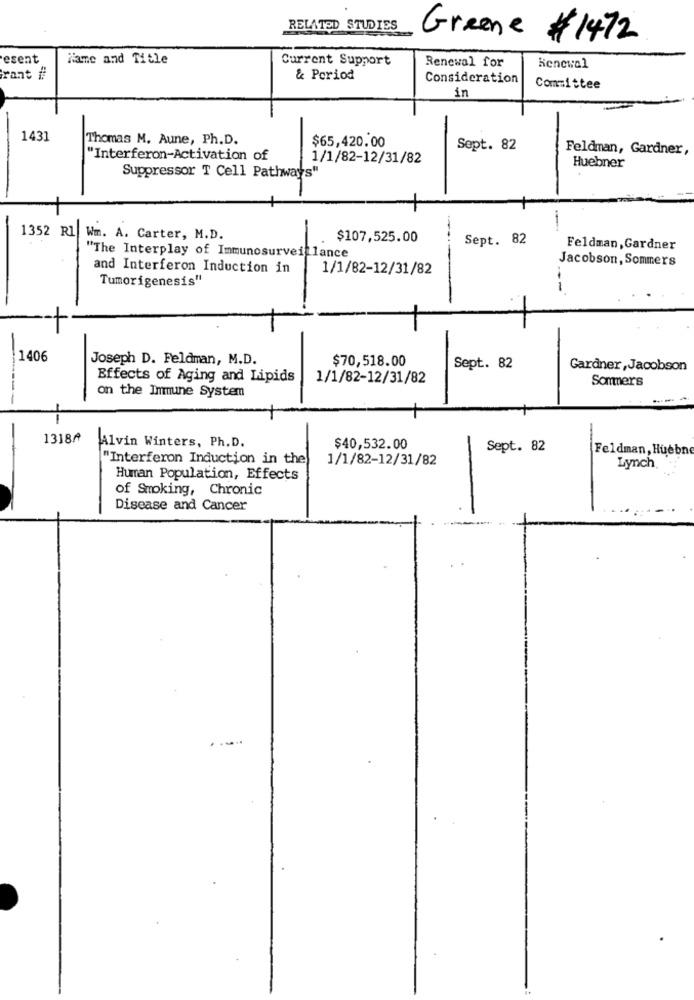
RELATED STUDIES
Greene # 1472
esent
Name and Title
Current Support
Renewal for
Renewal
rant #
& Period
Consideration
Committee
in
1431
Thomas M. Aune, Ph.D.
$65,420.00
Sept. 82
Feldman, Gardner,
"Interferon-Activation of
1/1/82-12/31/82
Huebner
Suppressor T Cell Pathways"
1352 Rl Wm. A. Carter, M.D.
$107,525.00
Sept. 82
"The Interplay of Immunosurveillance
Feldman, Gardner
Jacobson, Sommers
and Interferon Induction in
1/1/82-12/31/82
Tumorigenesis"
1406
Joseph D. Feldman, M.D.
$70,518.00
Sept. 82
Gardner,Jacobson
Effects of Aging and Lipids
1/1/82-12/31/82
Sommers
on the Immune System
1318A
Alvin Winters, Ph. D.
$40,532.00
Sept. 82
Feldman, Huebn
"Interferon Induction in the
1/1/82-12/31/82
Lynch
Human Population, Effects
of Smoking, Chronic
Disease and Cancer
..